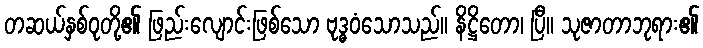
တဆယ်နှစ်ဝုတို့၏ ဖြည်းလျောင်းဖြစ်သော ဗုဒ္ဓဝံသောသည်။ နိဋ္ဌိတော၊ ပြီ။ သုဇာတာဘုရား၏